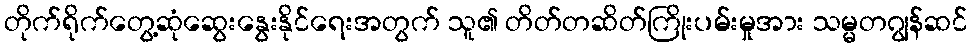
တိုက်ရိုက်တွေ့ဆုံဆွေးနွေးနိုင်ရေးအတွက် သူ၏ တိတ်တဆိတ်ကြိုးပမ်းမှုအား သမ္မတဂျွန်ဆင်